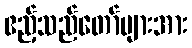
ဧည့်သည်တော်များအား